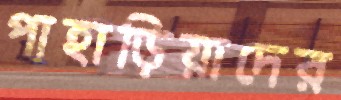
পাহাড়িয়াদের